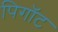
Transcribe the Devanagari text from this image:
पिगॉट